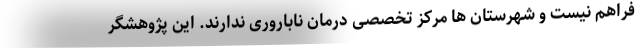
فراهم نیست و شهرستان ها مرکز تخصصی درمان ناباروری ندارند. این پژوهشگر